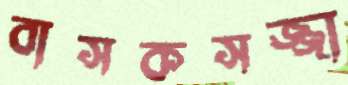
বাসকসজ্জা